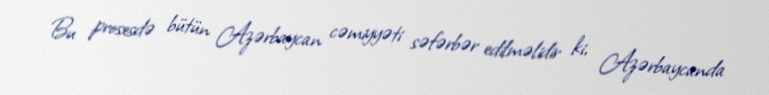
Bu prosesdə bütün Azərbaycan cəmiyyəti səfərbər edilməlidir ki, Azərbaycanda